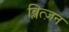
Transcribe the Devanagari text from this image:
ब्लित्ज़न